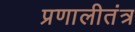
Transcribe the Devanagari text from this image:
प्रणालीतंत्र